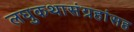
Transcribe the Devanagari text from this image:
लघुकथासंग्रहांसह